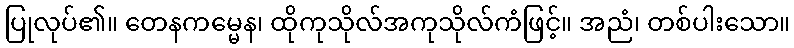
ပြုလုပ်၏။ တေနကမ္မေန၊ ထိုကုသိုလ်အကုသိုလ်ကံဖြင့်။ အညံ၊ တစ်ပါးသော။